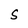
Character: S